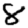
Digit: 8